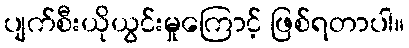
ပျက်စီးယိုယွင်းမှုကြောင့် ဖြစ်ရတာပါ။